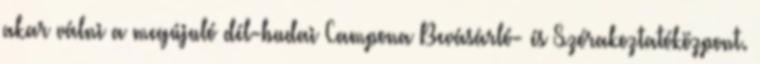
akar válni a megújuló dél-budai Campona Bevásárló- és Szórakoztatóközpont.